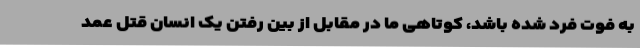
به فوت فرد شده باشد، کوتاهی ما در مقابل از بین رفتن یک انسان قتل عمد